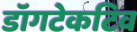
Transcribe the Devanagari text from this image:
डॉगटेकटिव